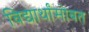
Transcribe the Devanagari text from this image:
विद्यार्थांसोबत